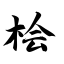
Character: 桧